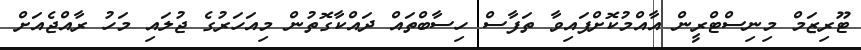
ޓޫރިޒަމް މިނިސްޓްރީން އާއްމުކޮށްފައިވާ ތަފާސް ހިސާބްތައް ދައްކާގޮތުން މިއަހަރުގެ ޖުލައި މަހު ރާއްޖެއަށް